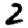
Digit: 2